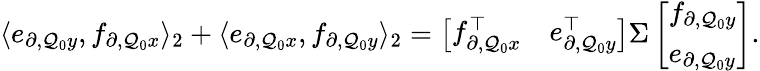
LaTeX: \begin{array}{r}{\langle e_{\partial,\mathcal{Q}_{0}y},f_{\partial,\mathcal{Q}_{0}x}\rangle_{2}+\langle e_{\partial,\mathcal{Q}_{0}x},f_{\partial,\mathcal{Q}_{0}y}\rangle_{2}=\left[\begin{array}{ll}{f_{\partial,\mathcal{Q}_{0}x}^{\top}}&{e_{\partial,\mathcal{Q}_{0}y}^{\top}}\end{array}\right]\Sigma\left[\begin{array}{l}{f_{\partial,\mathcal{Q}_{0}y}}\\ {e_{\partial,\mathcal{Q}_{0}y}}\end{array}\right].}\end{array}